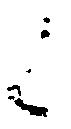
候